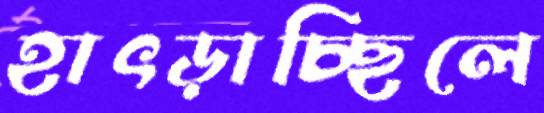
হাৎড়াচ্ছিলে